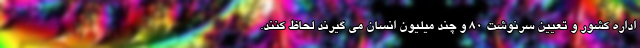
اداره کشور و تعیین سرنوشت 80 و چند میلیون انسان می گیرند لحاظ کنند.